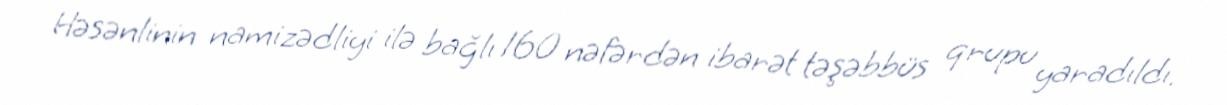
Həsənlinin namizədliyi ilə bağlı 160 nəfərdən ibarət təşəbbüs qrupu yaradıldı.